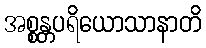
အစ္စန္တပရိယောသာနာတိ